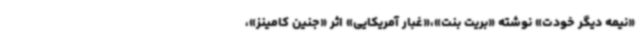
«نیمه دیگر خودت» نوشته «بریت بنت»،«غبار آمریکایی» اثر «جنین کامینز»،